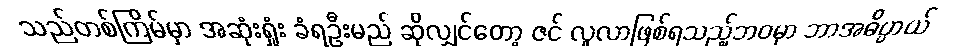
သည်တစ်ကြိမ်မှာ အဆုံးရှုံး ခံရဦးမည် ဆိုလျှင်တော့ ဇင် လူလာဖြစ်ရသည့်ဘဝမှာ ဘာအဓိပ္ပာယ်